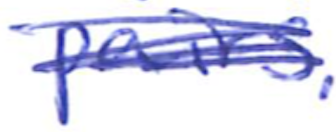
Text: pairs.
Cross-out: scratch
Writing tool: ballpoint